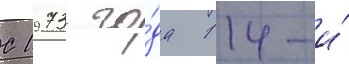
С 1973 го́да 114-и́